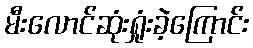
မီးလောင်ဆုံးရှုံးခဲ့ကြောင်း